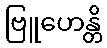
ဗြူဟေန္တိ